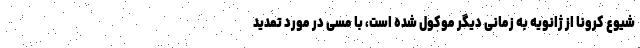
شیوع کرونا از ژانویه به زمانی دیگر موکول شده است، با مسی در مورد تمدید